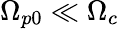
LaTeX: \Omega_{p0}\ll\Omega_{c}